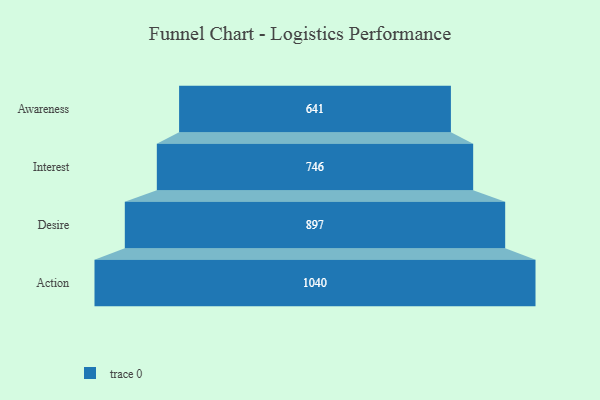
{"axis": {"x": "Stage", "y": "Value"}, "legend": [""], "data": [{"x": "Awareness", "y": 641.0, "type": ""}, {"x": "Interest", "y": 746.0, "type": ""}, {"x": "Desire", "y": 897.0, "type": ""}, {"x": "Action", "y": 1040.0, "type": ""}]}